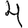
Digit: 4